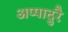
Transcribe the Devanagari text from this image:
अप्पादुरै